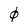
Character: 0